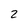
Character: z